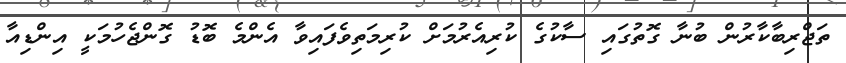
ތަޖްރިބާކާރުން ބުނާ ގޮތުގައި ސާކުގެ ކުރިއެރުމަށް ކުރިމަތިވެފައިވާ އެންމެ ބޮޑު ގޮންޖެހުމަކީ އިންޑިއާ